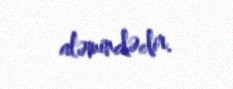
aləmindədir.